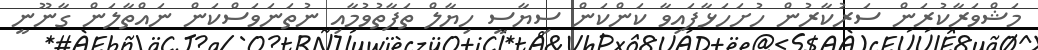
މަޝްވަރާކުރަން ސަރުކާރުން ހުށަހަޅާފައިވާ ކަންކަން ސިޔާސީ ހިޔާލް ތަފާތުވުމާއި ނުތަނަވަސްކަން ނައްތާލަން ގާނޫނީ